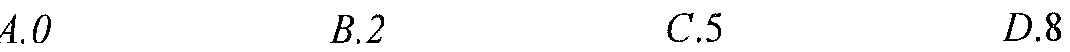
\(A.0\)  \(B.2\)  \(C.5\)  \(D.8\)